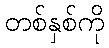
တစ်နှစ်ကို